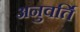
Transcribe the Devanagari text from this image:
अनुवर्ति